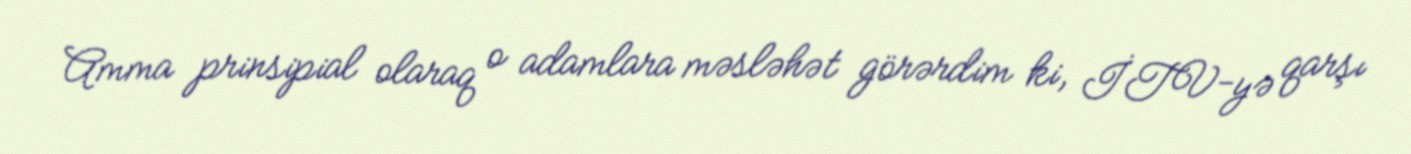
Amma prinsipial olaraq o adamlara məsləhət görərdim ki, İTV-yə qarşı